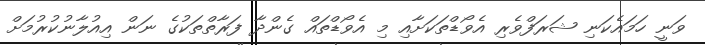
ވަނީ ހަމައެކަނި ޝަރަފްވެރި އެވޯޑްތަކަށާއި މި އެވޯޑްތައް ގެންދާ ފަރާތްތަކުގެ ނަން އިއުލާނުކުރުމަށް